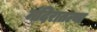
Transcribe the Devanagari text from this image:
मंदिरातल्या